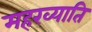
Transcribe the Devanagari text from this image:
महख्याति